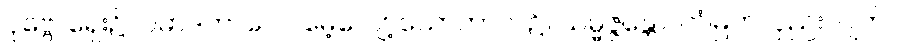
ပုဗ္ဗေ၊ ရှေး၌။ ပမာဒကာလေ၊ မေ့လျော့သောကာလ၌။ သမ္မဇ္ဇန္တော၊ တံမြက်လှည်းလျက်။